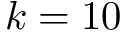
k = 1 0